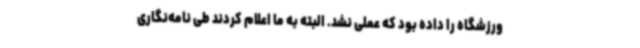
ورزشگاه را داده بود که عملی نشد. البته به ما اعلام کردند طی نامه‌نگاری